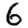
Digit: 6